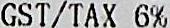
GST/TAX 6%